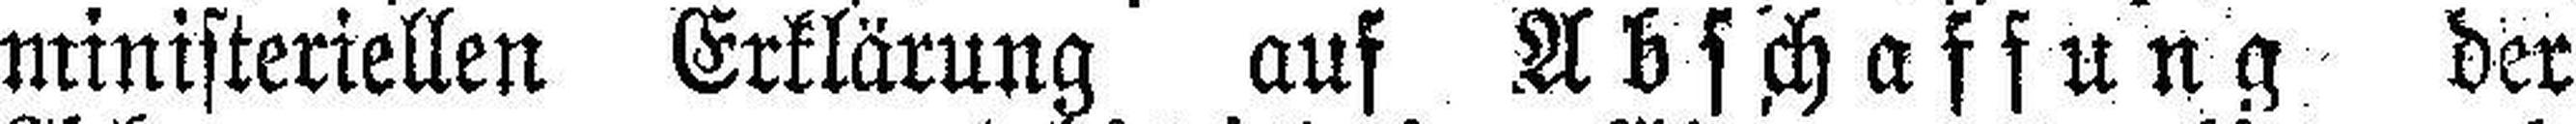
ministeriellen Erklärung auf Abschaffung der